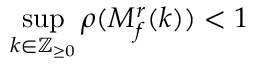
\operatorname* { s u p } _ { k \in \mathbb { Z } _ { \geq 0 } } \rho ( M _ { f } ^ { r } ( k ) ) < 1